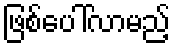
ဖြစ်ပေါ်လာမည့်